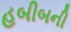
હબીબની